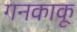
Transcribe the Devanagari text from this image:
गनकाकू